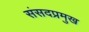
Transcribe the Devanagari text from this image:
संसदप्रमुख